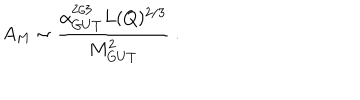
A _ { M } \sim { \frac { \alpha _ { G U T } ^ { 2 / 3 } L ( Q ) ^ { 2 / 3 } } { M _ { G U T } ^ { 2 } } } \ .